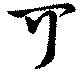
可